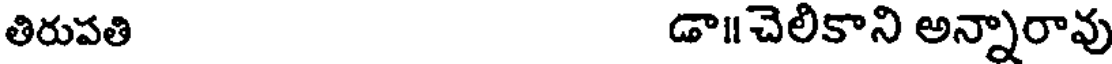
తిరుపతి డా॥చెలికాని అన్నారావు